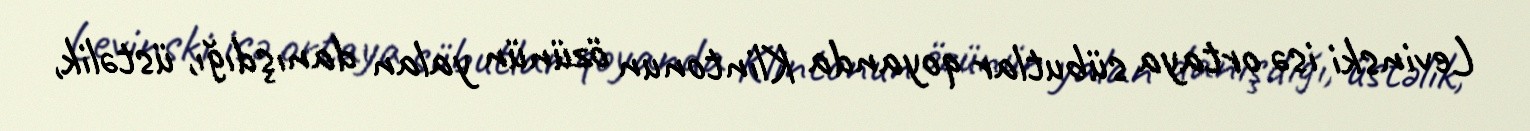
Levinski isə ortaya sübutlar qoyanda Klintonun özünün yalan danışdığı, üstəlik,